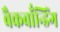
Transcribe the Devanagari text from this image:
बैकबाँन्डिंग